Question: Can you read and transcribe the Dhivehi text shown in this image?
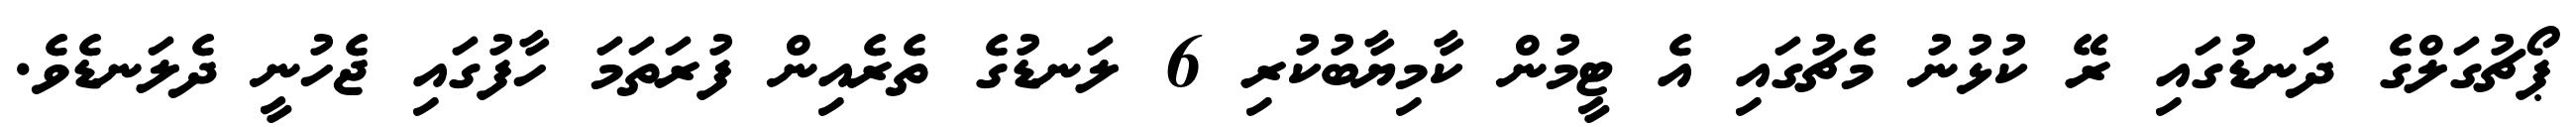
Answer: ޕޯޗުގަލްގެ ދަނޑުގައި ރޭ ކުޅުނު މެޗުގައި އެ ޓީމުން ކާމިޔާބުކުރި 6 ލަނޑުގެ ތެރެއިން ފުރަތަމަ ހާފުގައި ޖެހުނީ ދެލަނޑެވެ.